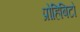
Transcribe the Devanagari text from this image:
प्रोहिबिटो